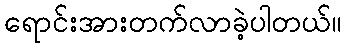
ရောင်းအားတက်လာခဲ့ပါတယ်။